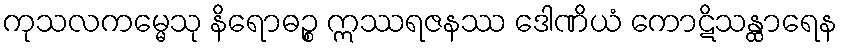
ကုသလကမ္မေသု နိရောဓဉ္စ ဣဿရဇနဿ ဒေါဏိယံ ကောဋိသန္ထာရေန